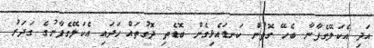
އަދި އެކަލޭގެފާނާ ބެހޭ ގޮތުން ކަނޑައެޅިގެން ބޮޑެތި ދޮގުތައް ހަދައި އެކަލޭގެފާނުގެ ގަދަރު